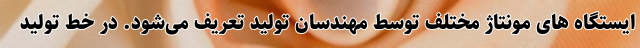
ایستگاه های مونتاژ مختلف توسط مهندسان تولید تعریف می‌شود. در خط تولید